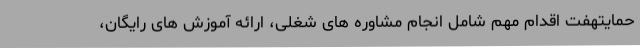
حمایتهفت اقدام مهم شامل انجام مشاوره های شغلی، ارائه آموزش های رایگان،